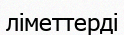
ліметтерді